Vaccination in Burma 1920-1933 - 1920-1933
Year: 1920
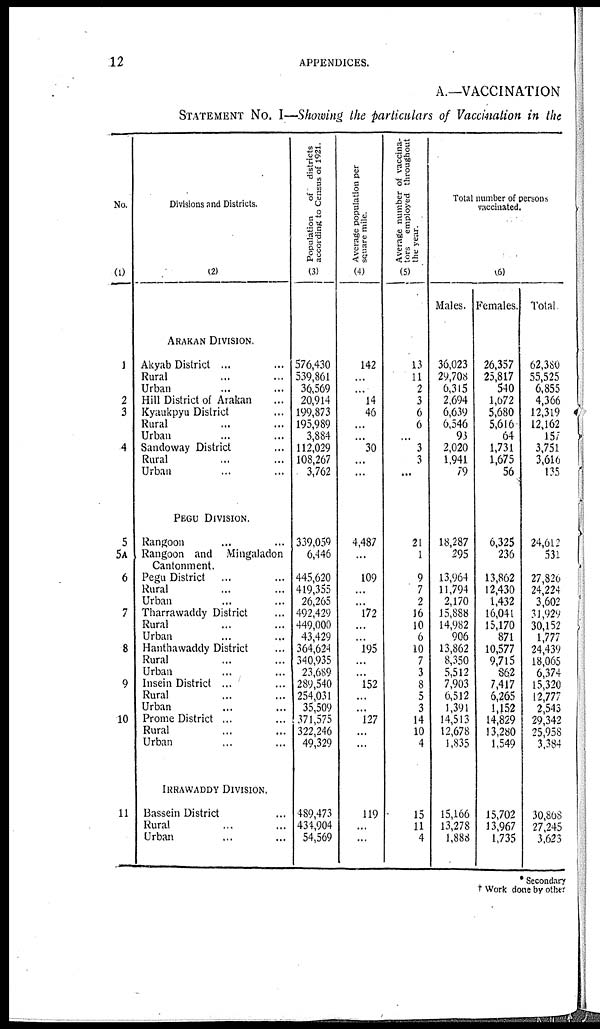
12
APPENDICES.
A.—VACCINATION
STATEMENT NO. I—Showing the particulars of Vaccination in the
No.
(1)
1
2
3
4
5
5A
6
7
8
9
10
11
Divisions and Districts.
(2)
ARAKAN DIVISION.
Akyab District ... ...
Rural ... ...
Urban ... ...
Hill District of Arakan ...
Kyaukpyu District ...
Rural ... ...
Urban ... ...
Sandoway District ...
Rural ... ...
Urban ... ...
PEGU DIVISION.
Rangoon ... ...
Rangoon and Mingaladon
Cantonment.
Pegu District ... ...
Rural ... ...
Urban ... ...
Tharrawaddy District ...
Rural ... ...
Urban ... ...
Hanthawaddy District ...
Rural ... ...
Urban ... ...
Insein District ... ...
Rural ... ...
Urban ... ...
Prome District ... ...
Rural ... ...
Urban ... ...
IRRAWADDY DIVISION.
Bassein District ...
Rural ... ...
Urban ... ...
Population
of districts
according to Census of 1921.
(3)
576,430
539,861
36,569
20,914
199,873
195,989
3,884
112,029
108,267
3,762
339,059
6,446
445,620
419,355
26,265
492,429
449,000
43,429
364,624
340,935
23,689
289,540
254,031
35,509
371,575
322,246
49,329
489,473
434,904
54,569
Average population per
square mile.
(4)
142
...
...
14
46
...
...
30
...
...
4,487
...
109
...
...
172
...
...
195
...
...
152
...
...
127
...
...
119
...
...
Average number of vaccina-
tors employed throughout
the year.
(5)
13
11
2
3
6
6
...
3
3
...
21
1
9
7
2
16
10
6
10
7
3
8
5
3
14
10
4
15
11
4
Total number of persons
vaccinated.
(6)
Males.
36,023
29,708
6,315
2,694
6,639
6,546
93
2,020
1,941
79
18,287
295
13,964
11,794
2,170
15,888
14,982
906
13,862
8,350
5,512
7,903
6,512
1,391
14,513
12,678
1,835
15,166
13,278
1,888
Females.
26,357
25,817
540
1,672
5,680
5,616
64
1,731
1,675
56
6,325
236
13,862
12,430
1,432
16,041
15,170
871
10,577
9,715
862
7,417
6,265
1,152
14,829
13,280
1,549
15,702
13,967
1,735
Total.
62,380
55,525
6,855
4,366
12,319
12,162
157
3,751
3,616
135
24,612
531
27,826
24,224
3,602
31,929
30,152
1,777
24,439
18,065
6,374
15,320
12,777
2,543
29,342
25,958
3,384
30,868
27,245
3,623
* Secondary
†Work done by other